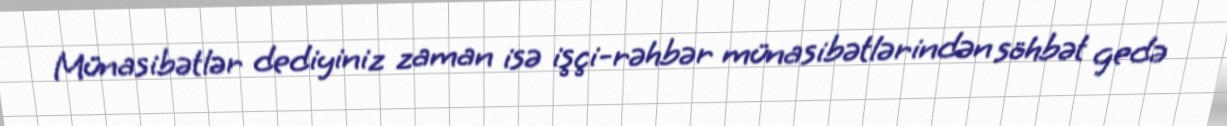
Münasibətlər dediyiniz zaman isə işçi-rəhbər münasibətlərindən söhbət gedə